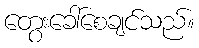
တွေးခေါ်စေချင်သည်။